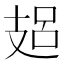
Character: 𢻋